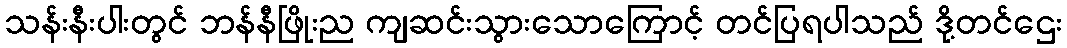
သန်းနီးပါးတွင် ဘန်နီဖြိုးည ကျဆင်းသွားသောကြောင့် တင်ပြရပါသည် ဒို့တင်ဌေး